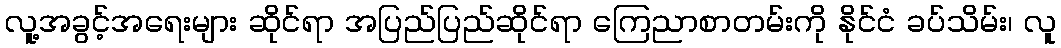
လူ့အခွင့်အရေးများ ဆိုင်ရာ အပြည်ပြည်ဆိုင်ရာ ကြေညာစာတမ်းကို နိုင်ငံ ခပ်သိမ်း၊ လူ